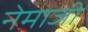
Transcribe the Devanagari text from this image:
नेमाजी